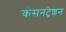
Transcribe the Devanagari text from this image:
कंसनट्रेशन